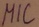
Text: MIC